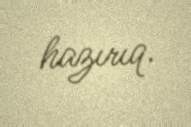
hazırıq.